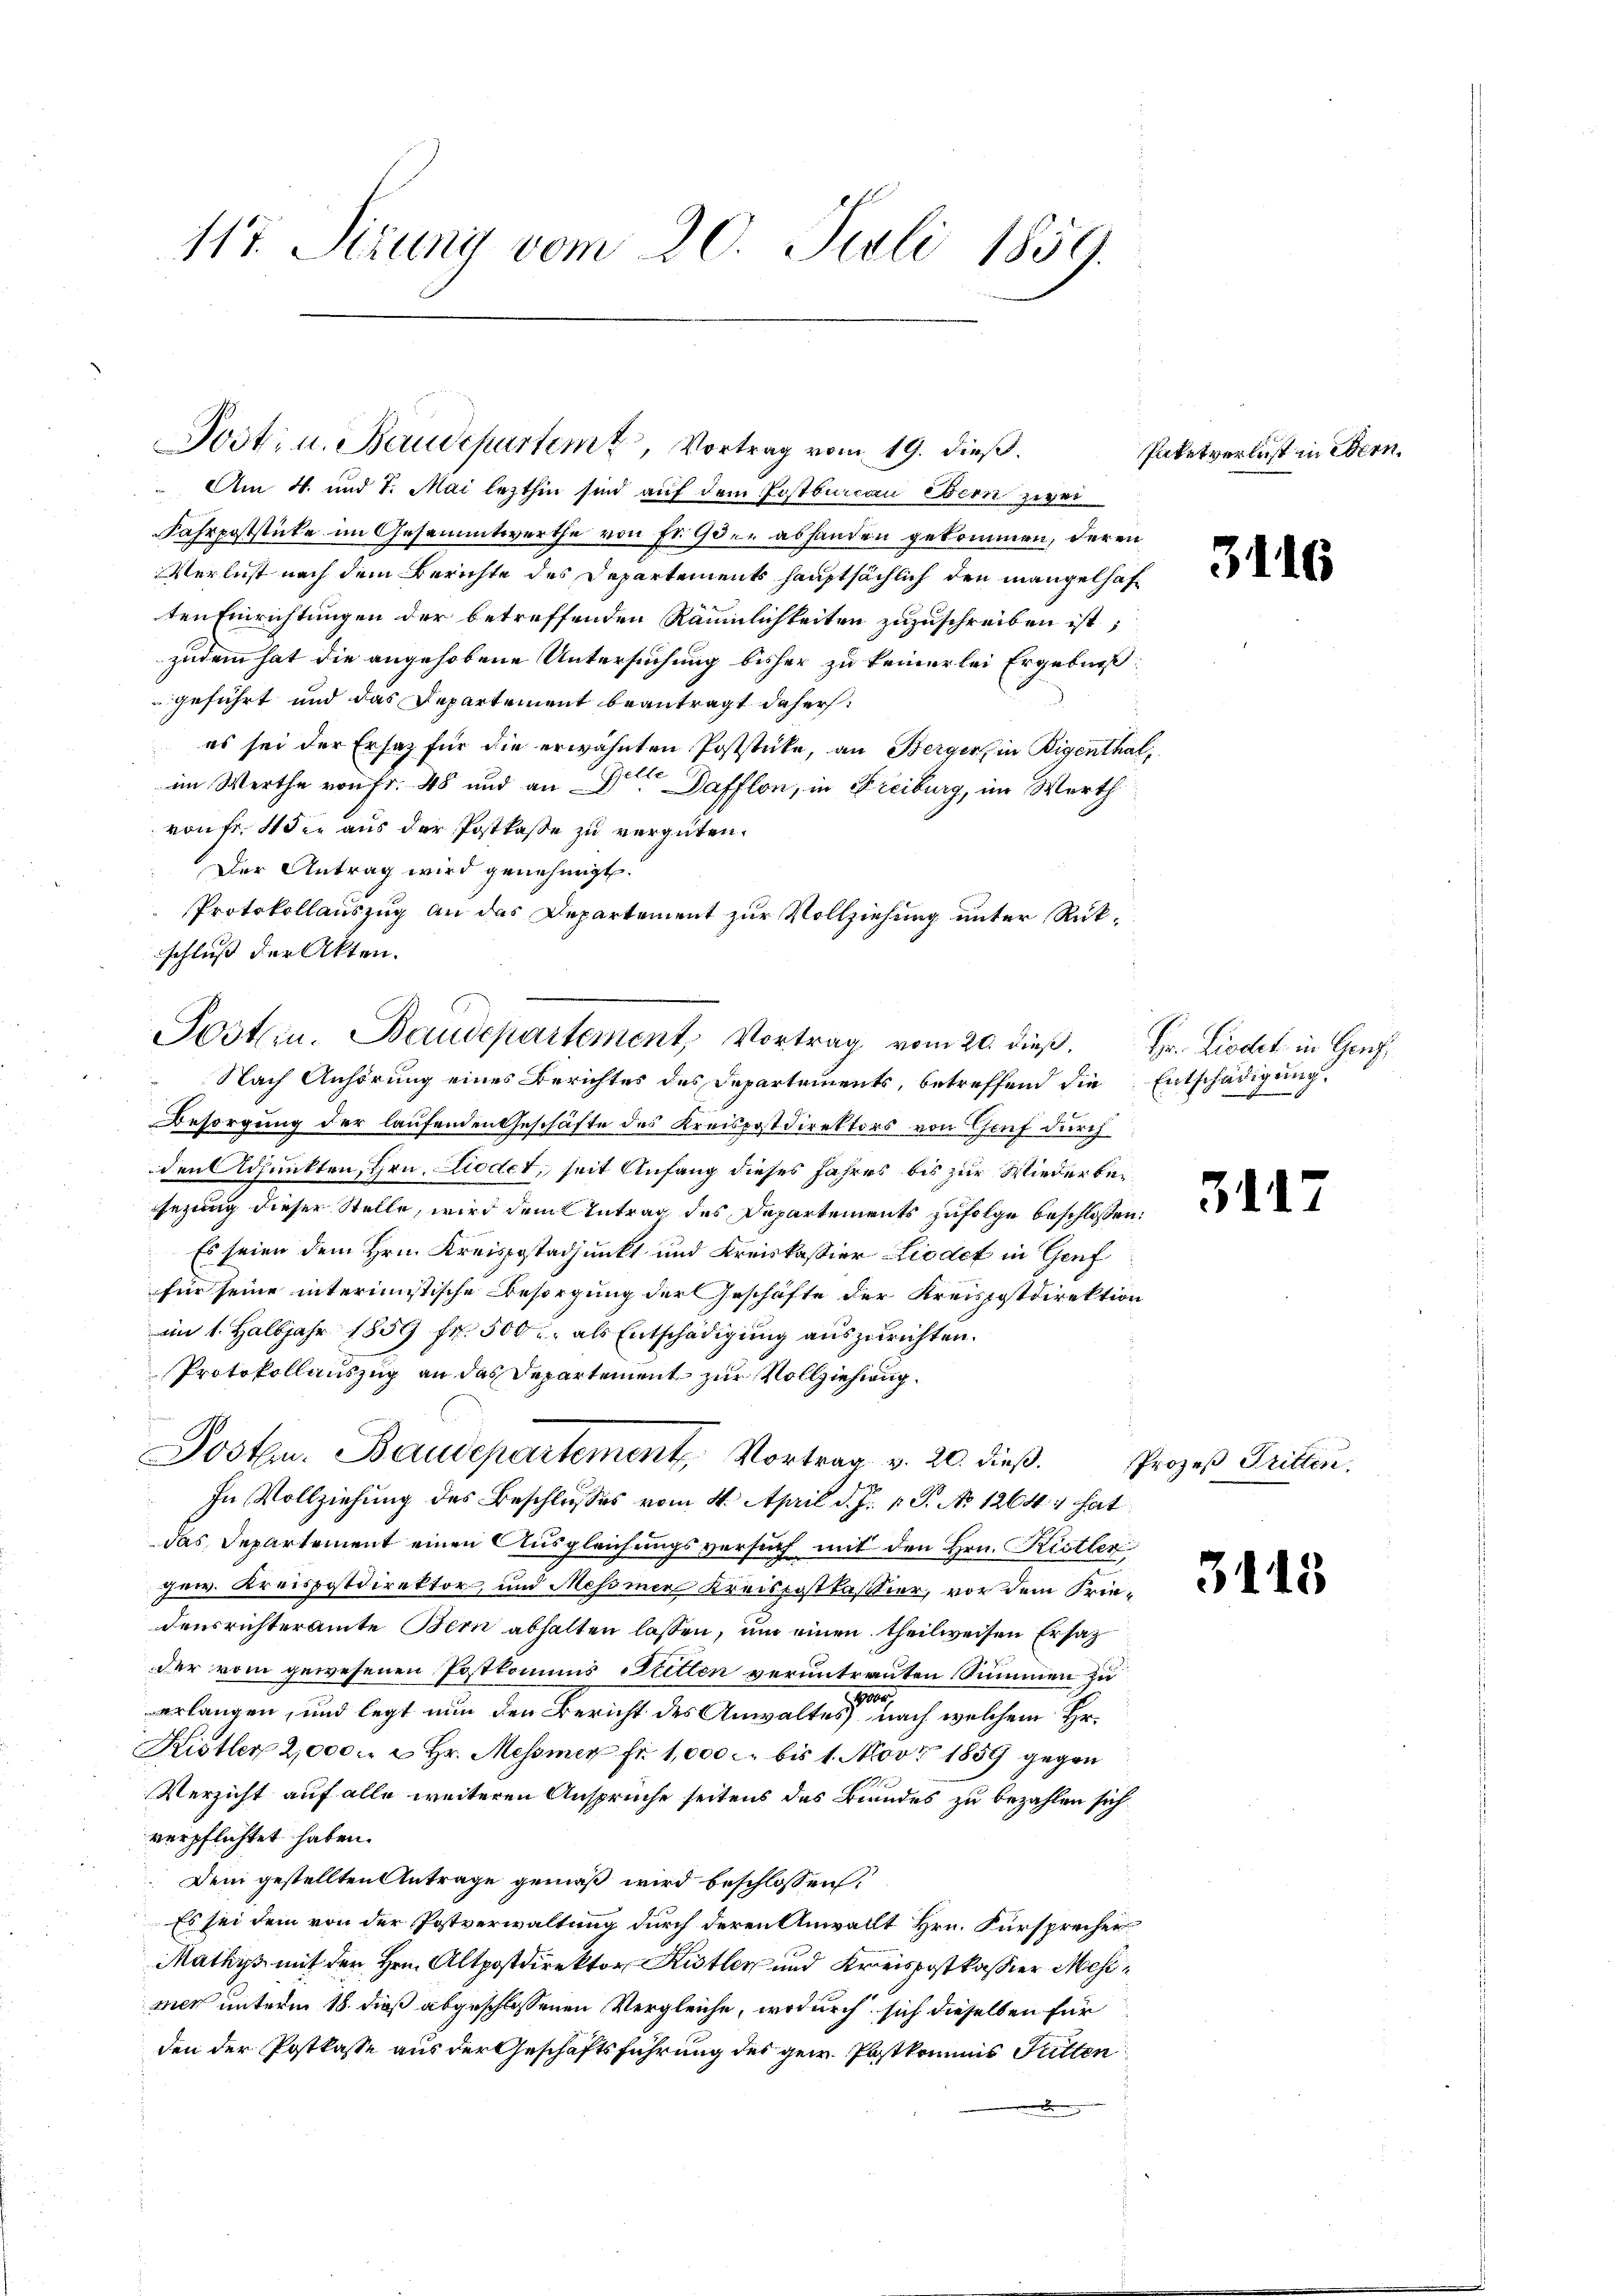
117. Sirung vom 20. Juli 1859.

Am 4. und 7. Mai lezthin sind auf dem Postbureau übern zwei
Fahrpoststicke im Gesammtwerthe von Fr. 9 der abhanden gekommen, deren
Verlust nach dem Berichte des Departements hauptsächlich den mangelhaften Einrichtungen der betreffenden Räumlichkeiten zuzuschreiben ist;
zudem hat die angehobene Untersuchung bisher zu keinerlei Ergebniß:
geführt und das Departement beantragt daher,
es sei der Ersatz für die erwähnten Poststücke, an Bergers in Bigenthal,
im Werthe von Fr. 48 und an Dr. Dafflon, in Freiburg, im Werth
von fr. 4 die aus der Postkasse zu vergüten.
Der Antrag wird genehmigt.
Protokollauszug an das Departement zur Vollziehung unter Rükschluß der Akten.
Nach Anhörung eines Berichtes des Departements, betreffend die Entschädigung.
Besorgung der laufenden Geschäfte des Kreispostdirektors von Genf durch
den Adjunkten, Hrn. Liedet, seit Anfang dieses Jahres bis zur Wiederbesezung dieser Stelle, wird dem Antrag des Departements zufolge beschlossen:
Es seien dem Hrn. Kreispostadjunkt und Kreiskassier Liedet in Genf
für seine interimistische Besorgung der Geschäfte der Kreispostdirektion
am 1. Halbjahr 1859 fr. 500 u. als Entschädigung auszurichten.
Protokollauszug an das Departement zur Vollziehung.
Posten. Baudepartement. Vortrag v. 20. dieß.
In Vollziehung des Beschlusses vom 4. April d. J. v. P. No 1264 hat
das Departement einen Ausgleichungsversuch mit den Hrn. Ristler
Jew. Kreisgtdirektor, und Mesomen Kreispostkastier, vor dem Friedensrichteramte Bern abhalten lassen, um einen theilweisen Ersatz
der vom gewesenen Postkomius Sitten veruntrauten Summen zu
100
verlangen, und legt nun den Bericht des Anwaltes nach welchem Hr.
Kistler 2,000. u Hr. Messner fr. 1,000. bis 1. Nov. 1859 gegen
1
Verzicht auf alle weiteren Ansprüche seitens des Bundes zu bezahlen sich
verpflichtet haben.
Dem gestellten Antrage gemäß wird beschlossen,
Es sei dem von der Postverwaltung durch deren Anwallt Hrn. Fürsprecher
Mathys mit der Hrn. Altpostdirektor Kister und Kreispostkassier Mesmer unterm 18. dieß abgeschlossenen Vergleiche, wodurch sich dieselben für
den der Postkasse aus der Geschäftsführung des gew. Postkommis Futten
.

Post- u. Baudepartem Vortrag vom 19. dieβ.

Posten. Baudepartement, Vortrag vom 20. dieß.

Paketverlust in Obern.

311

Hr. Liedet in Genf

31

s

Prozeß Tritten.

3415